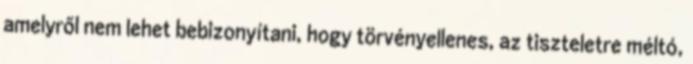
amelyről nem lehet bebizonyítani, hogy törvényellenes, az tiszteletre méltó,